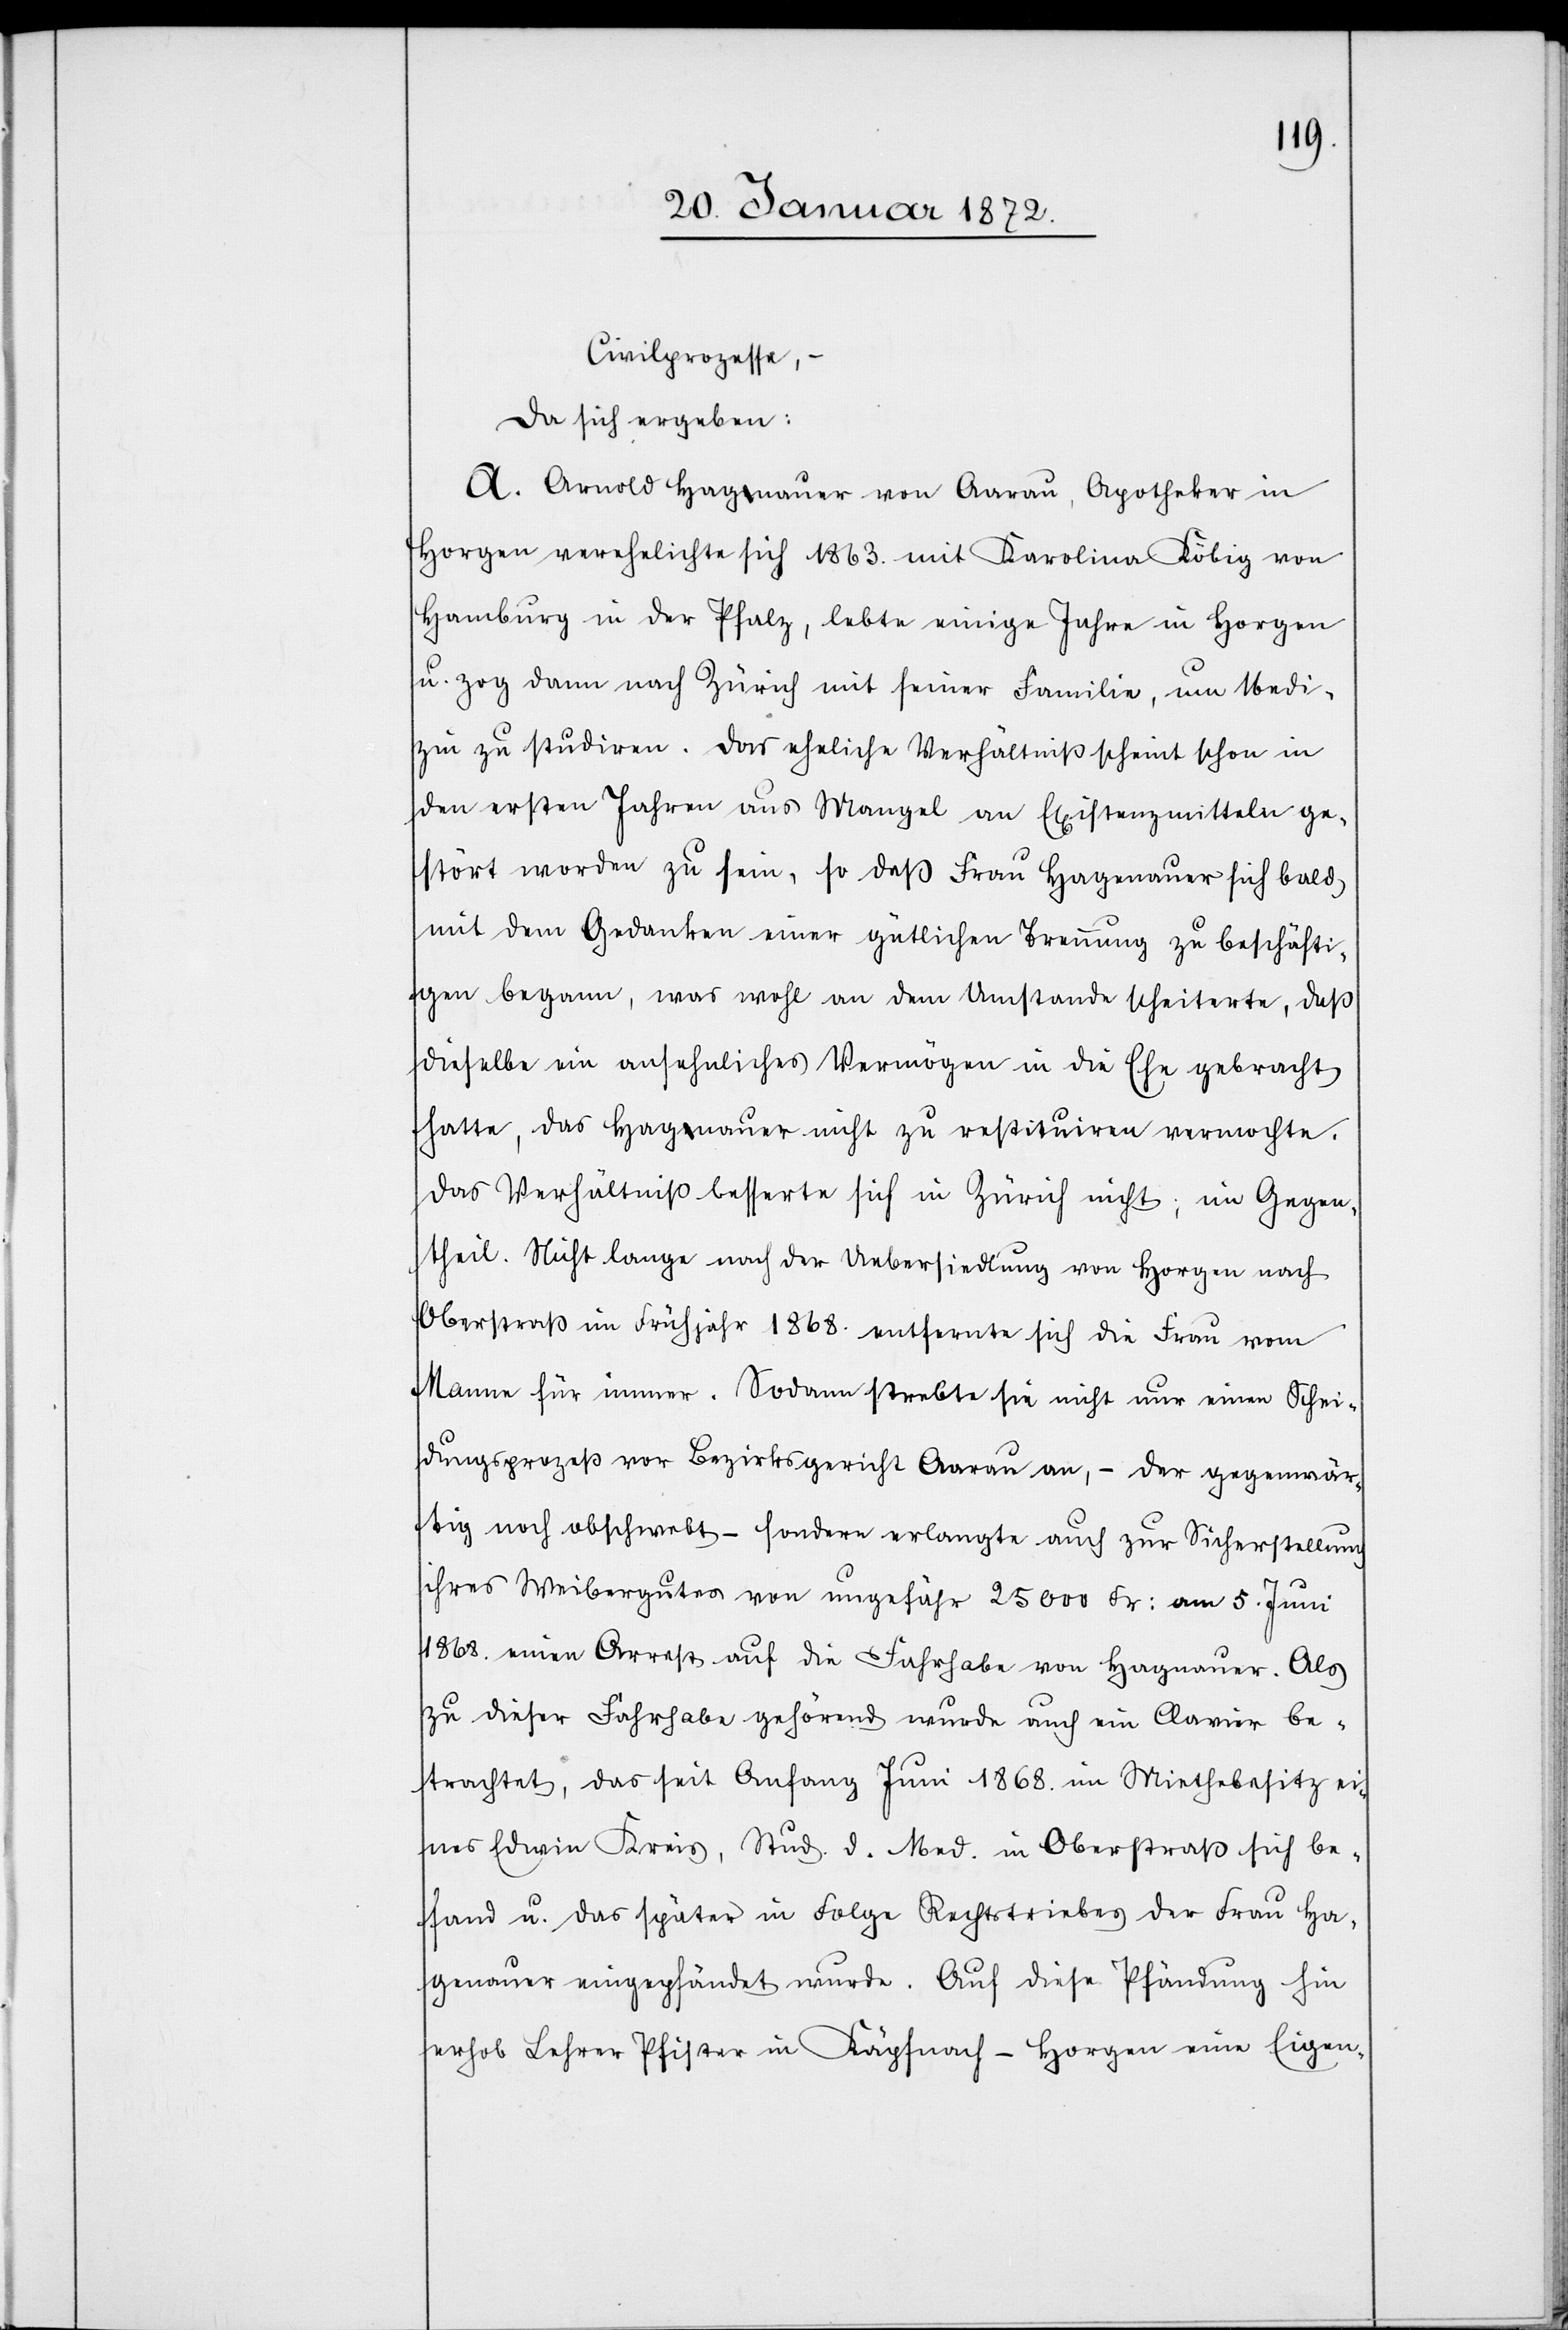
Civilprozesse,
da sich ergeben:
A. Arnold Hagnauer von Aarau, Apotheker in
Horgen verehelichte sich 1863. mit Karolina Köbig von
Hamburg in der Pfalz, lebte einige Jahre in Horgen
u. zog dann nach Zürich mit seiner Familie, um Medi¬
zin zu studiren. Das eheliche Verhältniß scheint schon in
den ersten Jahren aus Mangel an Existenzmitteln ge¬
stört worden zu sein, so daß Frau Hagenauer sich bald
mit dem Gedanken einer gütlichen Trennung zu beschäfti¬
gen begann, was wohl an dem Umstande scheiterte, daß
dieselbe ein ansehnliches Vermögen in die Ehe gebracht
hatte, das Hagnauer nicht zu restituiren vermochte.
Das Verhältniß besserte sich in Zürich nicht; im Gegen¬
theil. Nicht lange nach der Uebersiedlung von Horgen nach
Oberstraß im Frühjahr 1868. entfernte sich die Frau vom
Manne für immer. Sodann strebte sie nicht nur einen Schei¬
dungsprozeß vor Bezirksgericht Aarau an, – der gegenwär¬
tig noch obschwebt – sondern erlangte auch zur Sicherstellung
ihres Weibergutes von ungefähr 25 000 Fr: am 5. Juni
1868. einen Arrest auf die Fahrhabe von Hagnauer. Als
zu dieser Fahrhabe gehörend wurde auch ein Clavier be¬
trachtet, das seit Anfang Juni 1868. im Miethebesitz ei¬
nes Edwin Kreis, Stud. d. Med. in Oberstraß sich be¬
fand u. das später in Folge Rechtstriebes der Frau Ha¬
genauer eingepfändet wurde. Auf diese Pfändung hin
erhob Lehrer Pfister in Käpfnach-Horgen eine Eigen-